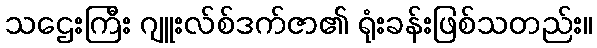
သဌေးကြီး ဂျူးလ်စ်ဒက်ဇာ၏ ရုံးခန်းဖြစ်သတည်း။